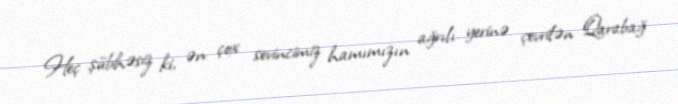
Heç şübhəsiz ki, ən çox sevincimiz hamımızın ağrılı yerinə çevrilən Qarabağ